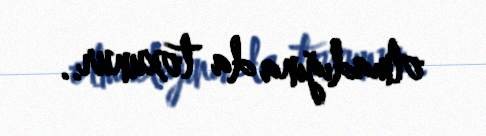
olmadığına da toxunur..